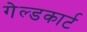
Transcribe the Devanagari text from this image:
गेल्डकार्ट